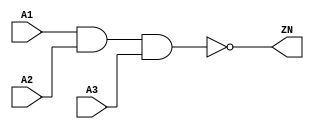
module NAND3 (A1, A2, A3, ZN);
   input A1;
   input A2;
   input A3;
   wire i_8, i_9;
   output ZN;

   not(ZN, i_8);
   and(i_8, i_9, A3);
   and(i_9, A1, A2);

   specify
     (A1 => ZN) = (0.1, 0.1);
     (A2 => ZN) = (0.1, 0.1);
     (A3 => ZN) = (0.1, 0.1);
   endspecify
  
endmodule